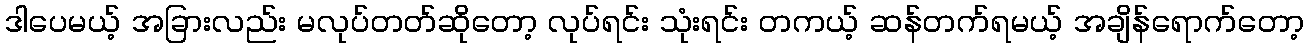
ဒါပေမယ့် အခြားလည်း မလုပ်တတ်ဆိုတော့ လုပ်ရင်း သုံးရင်း တကယ့် ဆန်တက်ရမယ့် အချိန်ရောက်တော့